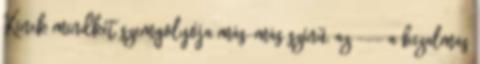
Kinek mindkét szemgolyója más-más színű, az --- a bizalmas